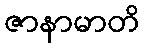
ဇာနာမာတိ